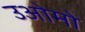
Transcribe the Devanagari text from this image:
उओमो